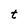
Character: t